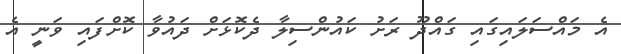
އެ މައްސަލައިގައި ގައްދޫ ރަށު ކައުންސިލާ ދެކޮޅަށް ދައުވާ ކޮށްފައި ވަނީ އެ